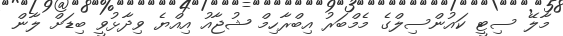
މާލޭ ސިޓީ ކައުންސިލްގެ މެމްބަރު އިބްރާހިމް ޝުޖާއު އިއްޔެ ވިދާޅުވީ ބިޑަށް ލާން